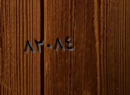
٨٢٠٨٤